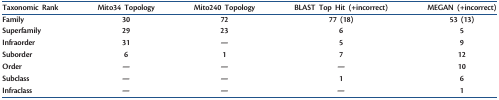
<table><thead><tr><td><b>Taxonomic Rank</b></td><td><b>Mito34 Topology</b></td><td><b>Mito240 Topology</b></td><td><b>BLAST Top Hit (+incorrect)</b></td><td><b>MEGAN (+incorrect)</b></td></tr></thead><tbody><tr><td>Family</td><td>30</td><td>72</td><td>77 (18)</td><td>53 (13)</td></tr><tr><td>Superfamily</td><td>29</td><td>23</td><td>6</td><td>5</td></tr><tr><td>Infraorder</td><td>31</td><td>—</td><td>5</td><td>9</td></tr><tr><td>Suborder</td><td>6</td><td>1</td><td>7</td><td>12</td></tr><tr><td>Order</td><td>—</td><td>—</td><td>—</td><td>10</td></tr><tr><td>Subclass</td><td>—</td><td>—</td><td>1</td><td>6</td></tr><tr><td>Infraclass</td><td>—</td><td>—</td><td>—</td><td>1</td></tr></tbody></table>